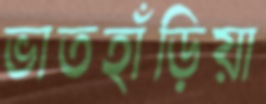
ভাতহাঁড়িয়া